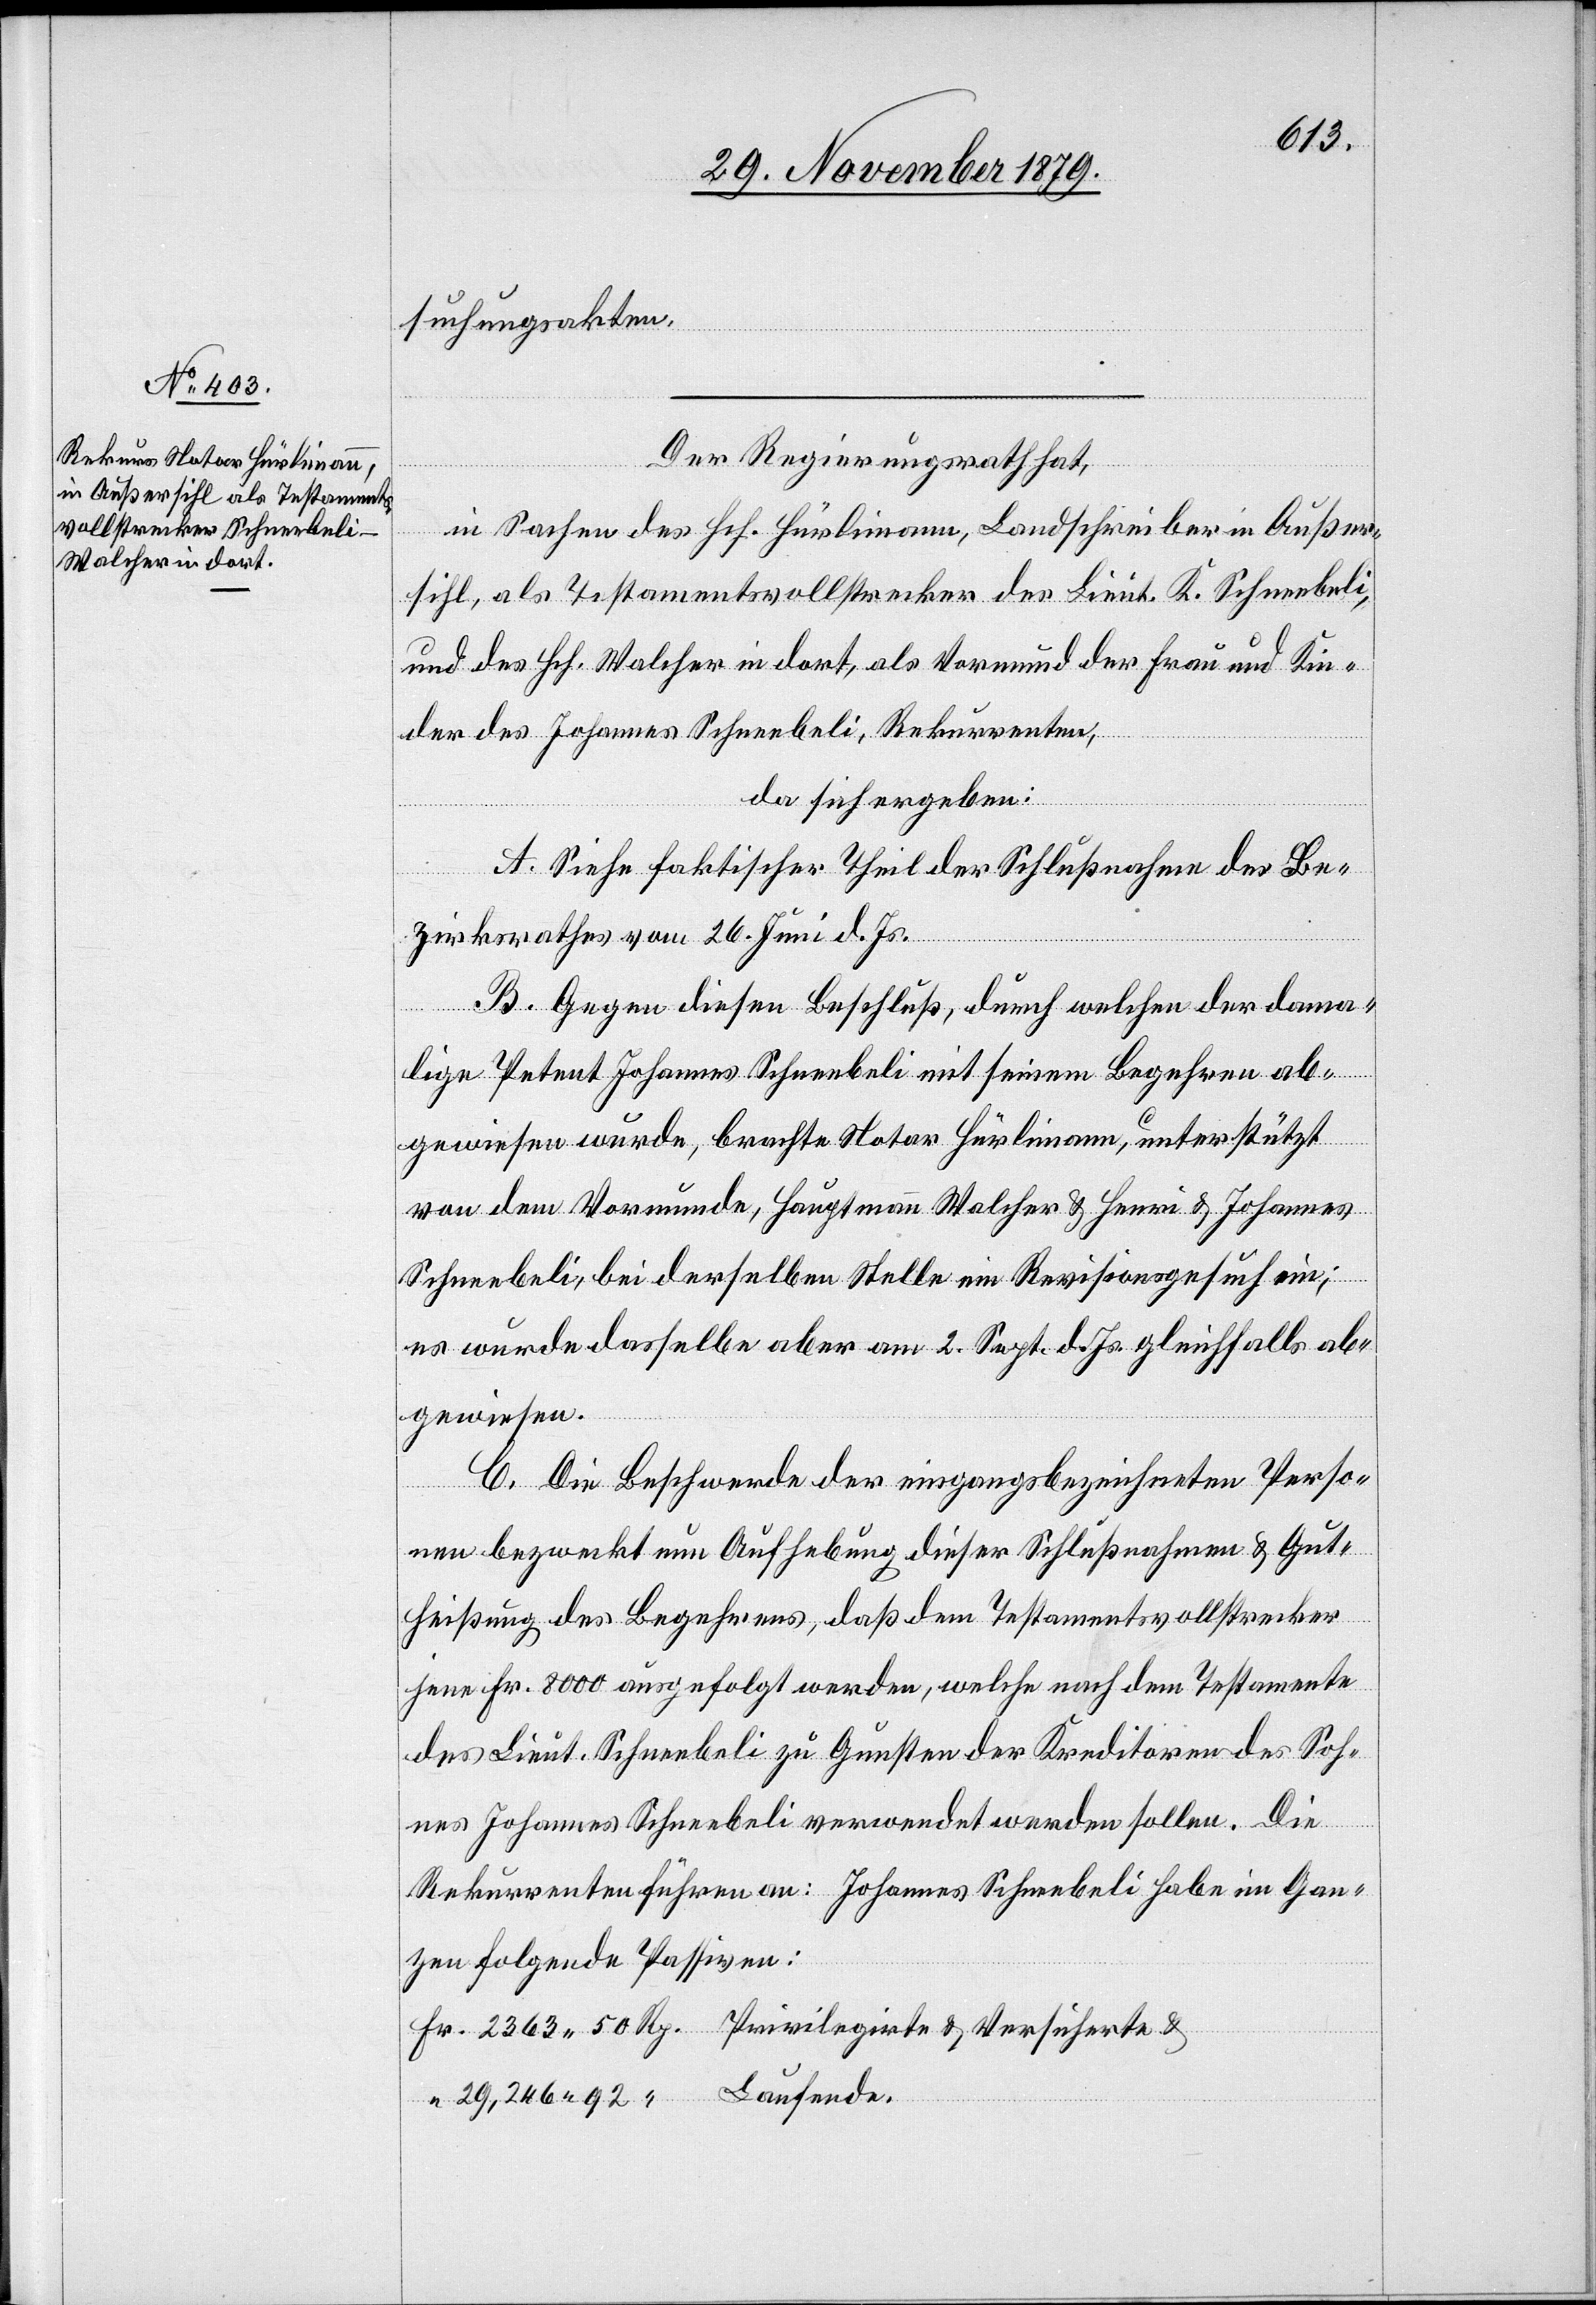
suchungsakten.
92
Der Regierungsrath hat,
in Sachen des Hch. Hürlimann, Landschreiber in Außer¬
sihl, als Testamentsvollstrecker des Lieut. K. Schneebeli,
und des Hch. Walcher in dort, als Vormund der Frau und Kin¬
der des Johannes Schneebeli, Rekurrenten,
da sich ergeben:
A. Siehe faktischer Theil der Schlußnahme des Be¬
zirksrathes vom 26. Juni d. Js.
B. Gegen diesen Beschluß, durch welchen der dama¬
lige Petent Johannes Schneebeli mit seinem Begehren ab¬
gewiesen wurde, brachte Notar Hürlimann, unterstützt
von dem Vormunde, Hauptmann Walcher & Henri & Johannes
Schneebeli, bei derselben Stelle ein Revisionsgesuch ein;
es wurde dasselbe aber am 2. Sept. d. Js. gleichfalls ab¬
gewiesen.
C. Die Beschwerde der eingangsbezeichneten Perso¬
nen bezweckt nun Aufhebung dieser Schlußnahme & Gut¬
heißung des Begehrens, daß dem Testamentsvollstrecker
jene Fr. 8000 ausgefolgt werden, welche nach dem Testamente
des Lieut. Schneebeli verwendet werden sollen. Di¬
Rp.
Rekurrenten führen an: Johannes Schneebeli habe im Gan¬
zen folgende Passiven: